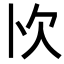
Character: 𭭄